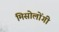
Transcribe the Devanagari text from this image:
मिसोलोंगी